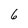
Character: 6